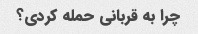
چرا به قربانی حمله کردی؟